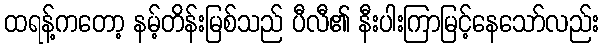
ထရန့်ကတော့ နမ့်တိန်းမြစ်သည် ပီလီ၏ နီးပါးကြာမြင့်နေသော်လည်း